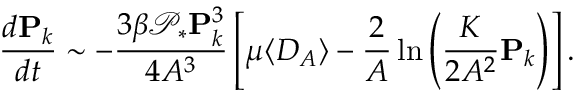
\frac { d \mathbf { P } _ { k } } { d t } \sim - \frac { 3 \beta \mathcal { P } _ { * } \mathbf { P } _ { k } ^ { 3 } } { 4 A ^ { 3 } } \left[ \mu \langle D _ { A } \rangle - \frac { 2 } { A } \ln \left( \frac { K } { 2 A ^ { 2 } } \mathbf { P } _ { k } \right) \right] .